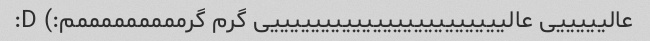
عالیییییی عالیییییییییییییییییییییییی گرم گرمممممممممم:) D: